Plague in India, 1896, 1897 - Volume 3
Year: 1896
Disease focus: Plague
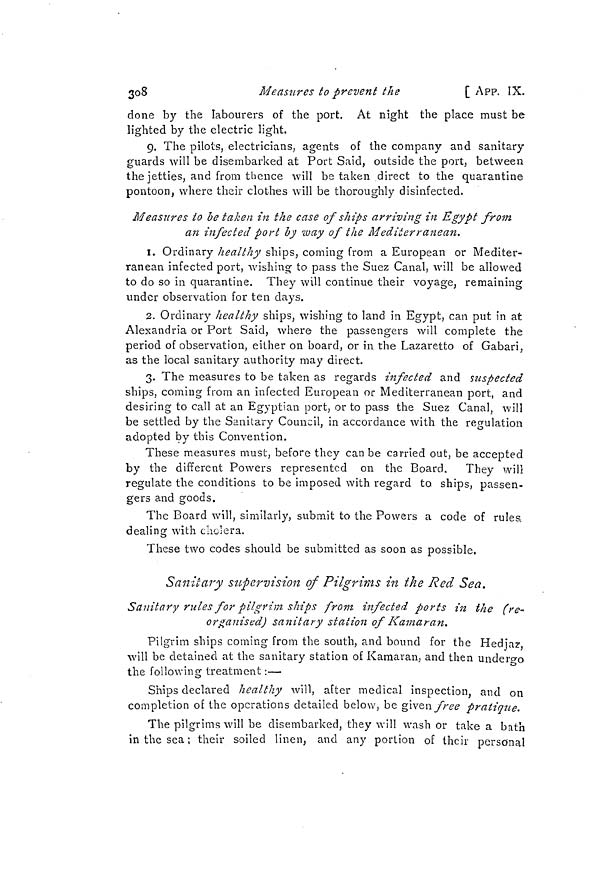
308
Measures ¿o prevent the
[ App. IX.
done by the labourers of the port. At night the place must be
lighted by the electric light.
9. The pilots, electricians, agents of the company and sanitary
guards will be disembarked at Port Said, outside the port, between
the jetties, and from thence will be taken direct to the quarantine
pontoon, where their clothes will be thoroughly disinfected.
Measures to be taken in the case of ships arriving in Egypt from
an infected port by way of the Mediterranean.
1. Ordinary healthy ships, coming from a European or Mediter-
ranean infected port, wishing to pass the Suez Canal, will be allowed
to do so in quarantine. They will continue their voyage, remaining
under observation for ten clays.
2. Ordinary liealthy ships, wishing to land in Egypt, can put in at
Alexandria or Port Said, where the passengers will complete the
period of observation, either on board, or in the Lazaretto of Gabari,
as the local sanitary authority may direct.
3. The measures to be taken as regards infected and suspected
ships, coming from an infected European or Mediterranean port, and
desiring to call at an Egyptian port, or to pass the Suez Canal, will
be settled by the Sanitary Council, in accordance with the regulation
adopted by this Convention.
These measures must, before they can be carried out, be accepted
by the different Powers represented on the Board. They will
regulate the conditions to be imposed with regard to ships, passen-
gers and goods.
The Board will, similarly, submit to the Powers a code of rules,
dealing with cholera.
These two codes should be submitted as soon as possible.
Sanitary supervision of Pilgrims in the Red Sea.
Sanitary rules for pilgrim ships from infected ports in the (re-
organised) sanitary station of Kamaran.
Pilgrim ships coming from the south, and bound for the Hediaz,
will be detained at the sanitary station of Kamaran, and then undergo
the following treatment :—
Ships declared healthy will, after medical inspection, and on
completion of the operations detailed below, be given free pratique.
The pilgrims will be disembarked, they will wash or take a bath
in the sea ; their soiled linen, and any portion of their personal